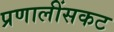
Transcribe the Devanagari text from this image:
प्रणालींसकट